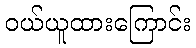
ဝယ်ယူထားကြောင်း